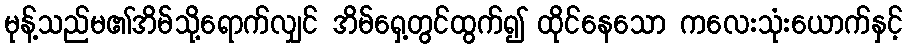
မုန့်သည်မ၏အိမ်သို့ရောက်လျှင် အိမ်ရှေ့တွင်ထွက်၍ ထိုင်နေသော ကလေးသုံးယောက်နှင့်